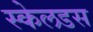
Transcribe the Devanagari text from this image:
स्केलडस